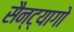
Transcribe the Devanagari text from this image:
सैन्ट्यागो